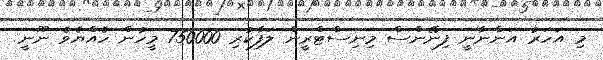
މި އަހަރު އަންނާނީ ފިނޭންސް މިނިސްޓްރީން ލަފާކުރި 750000 މީހުން ހެއްޔެވެ ނޫނީ